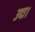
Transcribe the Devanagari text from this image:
उदा।